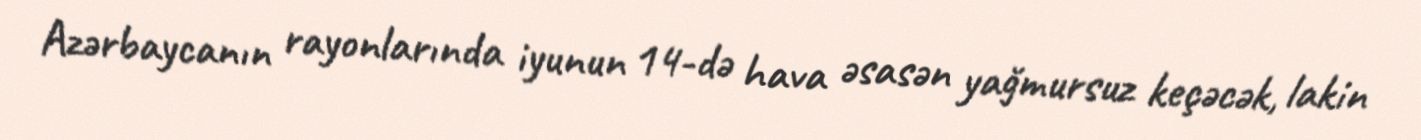
Azərbaycanın rayonlarında iyunun 14-də hava əsasən yağmursuz keçəcək, lakin